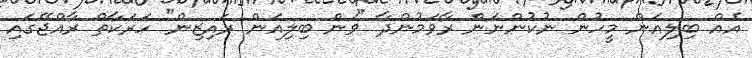
އެއް ބިލިއަން މީހުން ނުކުންނަން ރާވަމުންދާ "ވަން ބިލިއަން ރައިޒިން" ހަރަކާތް ރާއްޖޭގައި